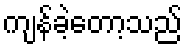
ကျန်ခဲ့တော့သည်